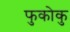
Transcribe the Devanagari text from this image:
फुकोकु